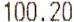
100.20